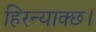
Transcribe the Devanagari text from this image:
हिरन्याक्छ।